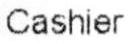
CASHIER